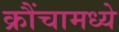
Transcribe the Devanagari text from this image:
क्रौंचामध्ये